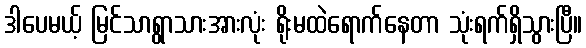
ဒါပေမယ့် မြင်သာရွာသားအားလုံး ရိုးမထဲရောက်နေတာ သုံးရက်ရှိသွားပြီ။